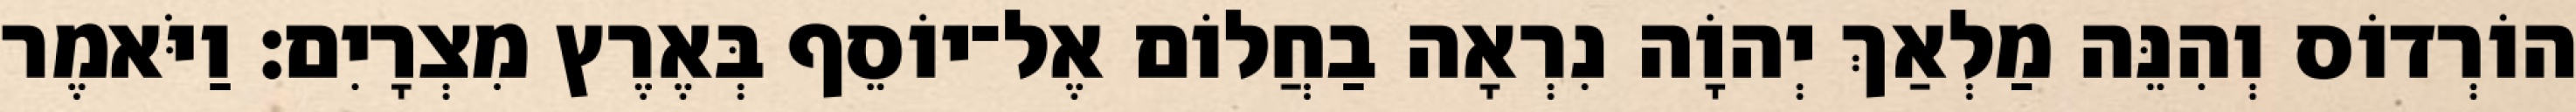
הוֹרְדוֹס וְהִנֵּה מַלְאַךְ יְהוָֹה נִרְאָה בַחֲלוֹם אֶל־יוֹסֵף בְּאֶרֶץ מִצְרָיִם׃ וַיֹּאמֶר